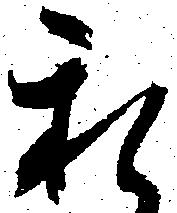
私